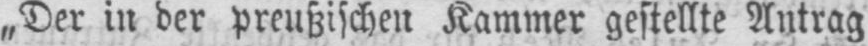
„Der in der preußischen Kammer gestellte Antrag